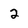
Character: 2